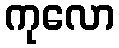
ကုလော